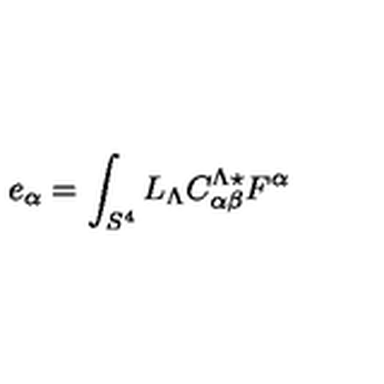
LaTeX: e _ { \alpha } = \int _ { S ^ { 4 } } L _ { \Lambda } C _ { \alpha \beta } ^ { \Lambda \star } F ^ { \alpha }